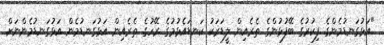
"އަޅުގަނޑުމެންގެ ފިކުރުގެ ބޭފުޅުންގެ ތެރެއިން ލީޑަރަކު ކަނޑައެޅުމުގެ ރޭހުގެ ތެރެއިން އަޅުގަނޑުމެން އަޅުގަނޑުމެންނަށް